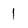
Character: l